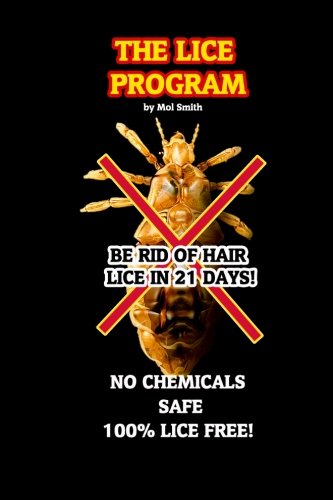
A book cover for The Lice Program (Be free of head lice in 21 days); Mr Maurice Smith; Health, Fitness & Dieting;